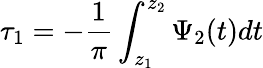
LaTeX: \tau_{1}=-\frac{1}{\pi}\int_{z_{1}}^{z_{2}}\Psi_{2}(t)dt